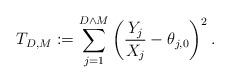
LaTeX: \begin{align*}T_{D,M}:=\sum_{j=1}^{D \wedge M}\left( \frac{Y_j}{X_j}-\theta_{j,0}\right)^2.\end{align*}